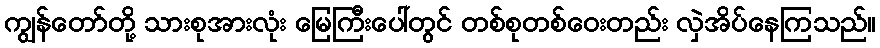
ကျွန်တော်တို့ သားစုအားလုံး မြေကြီးပေါ်တွင် တစ်စုတစ်ဝေးတည်း လှဲအိပ်နေကြသည်။